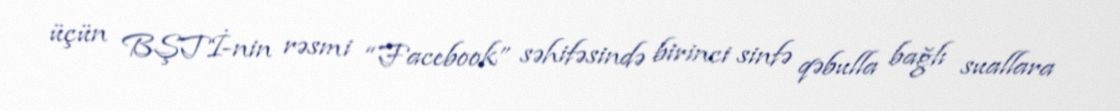
üçün BŞTİ-nin rəsmi “Facebook” səhifəsində birinci sinfə qəbulla bağlı suallara